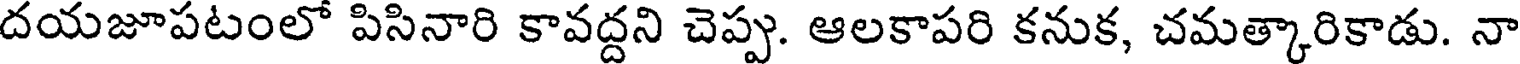
దయజూపటంలో పిసినారి కావద్దని చెప్పు. ఆలకాపరి కనుక, చమత్కారికాడు. నా